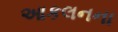
આકલનના